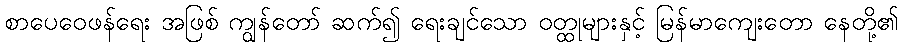
စာပေဝေဖန်ရေး အဖြစ် ကျွန်တော် ဆက်၍ ရေးချင်သော ဝတ္ထုများနှင့် မြန်မာကျေးတော နေတို့၏